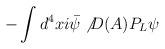
LaTeX: \begin{align*}-\int d^4 x i \bar{\psi} \not{D(A)} P_L \psi\end{align*}